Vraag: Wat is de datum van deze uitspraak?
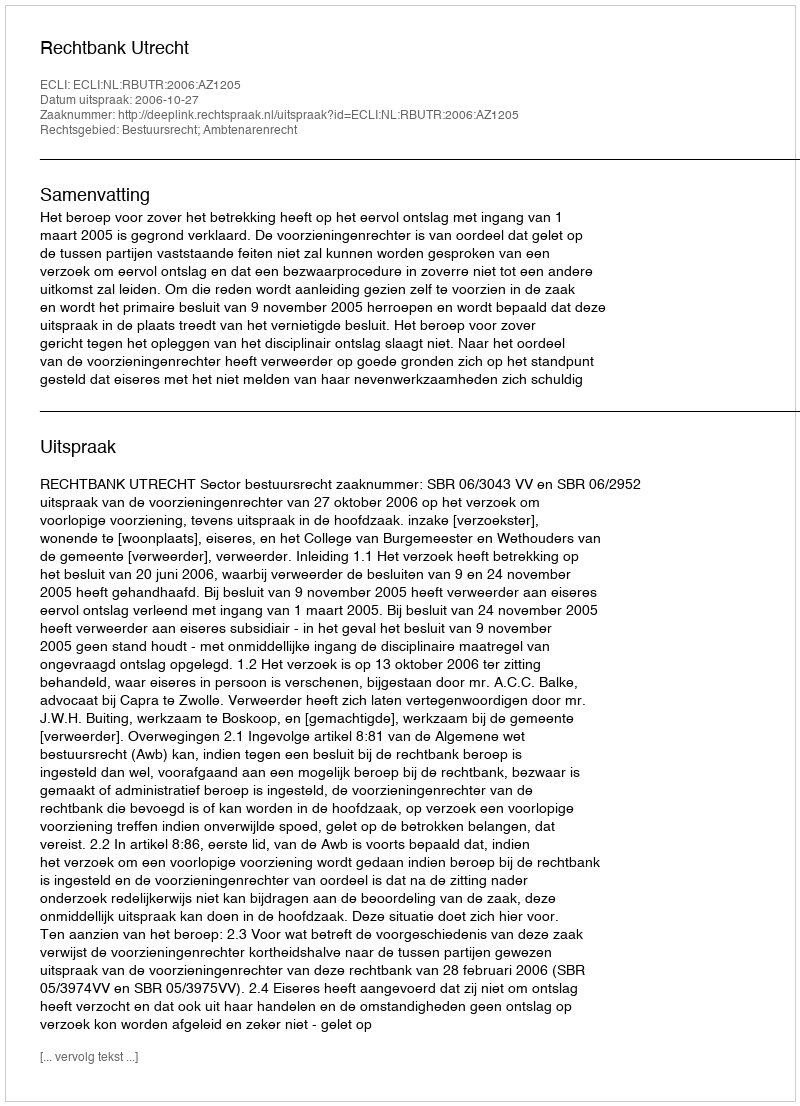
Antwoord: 2006-10-27